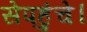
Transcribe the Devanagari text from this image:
सेपहुंचे।